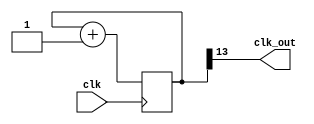
`timescale 1ns / 1ps
//////////////////////////////////////////////////////////////////////////////////
// Company: 
// Engineer: 
// 
// Design Name: 
// Module Name: clkdiv
// Project Name: 
// Target Devices: 
// Tool Versions: 
// Description: 
// 
// Dependencies: 
// 
// Revision:
// Revision 0.01 - File Created
// Additional Comments:
// 
//////////////////////////////////////////////////////////////////////////////////


module clkdivdisplayme(
    input clk,
    output clk_out
    );
    
   reg [31:0] COUNT = 32'b00000000000000000000000000000000; //change this to [15:0] for the board, [1:0] for simulation
    assign clk_out = COUNT[13];
    
    always @(posedge clk)
    begin
        COUNT <= COUNT+1;
    end
    
    endmodule